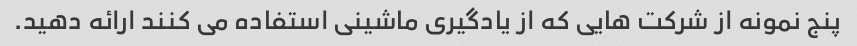
پنج نمونه از شرکت هایی که از یادگیری ماشینی استفاده می کنند ارائه دهید.